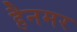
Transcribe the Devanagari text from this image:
हैनमर